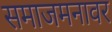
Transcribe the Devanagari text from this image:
समाजमनावर